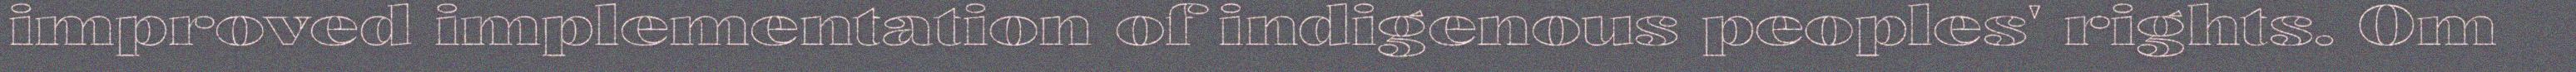
improved implementation of indigenous peoples' rights. Om